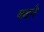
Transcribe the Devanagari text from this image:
बडने